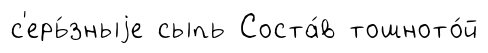
с'ерь́зныjе сыпь Соста́в тошното́й